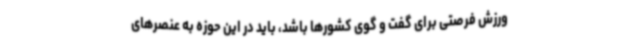
ورزش فرصتی برای گفت و گوی کشورها باشد، باید در این حوزه به عنصرهای